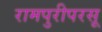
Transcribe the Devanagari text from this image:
रामपुरीपरसू